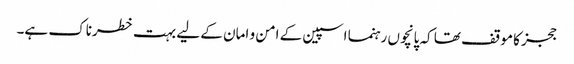
ججز کا موقف تھا کہ پانچوں رہنما اسپین کے امن و امان کے لیے بہت خطرناک ہے۔